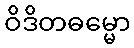
ဝိဒိတဓမ္မော